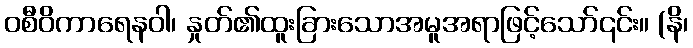
ဝစီဝိကာရေနဝါ၊ နှုတ်၏ထူးခြားသောအမူအရာဖြင့်သော်၎င်း။ (နိ၊